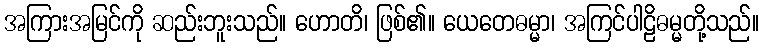
အကြားအမြင်ကို ဆည်းဘူးသည်။ ဟောတိ၊ ဖြစ်၏။ ယေတေဓမ္မာ၊ အကြင်ပါဠိဓမ္မတို့သည်။